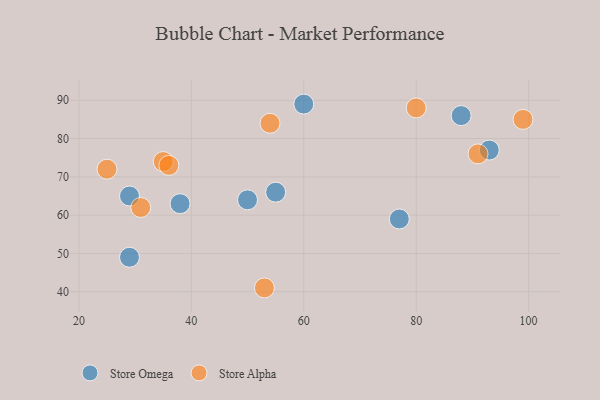
{"axis": {"x": "GDP", "y": "Life Expectancy"}, "legend": ["Store Alpha", "Store Omega"], "data": [{"x": "50", "y": 64, "type": "Store Omega"}, {"x": "77", "y": 59, "type": "Store Omega"}, {"x": "60", "y": 89, "type": "Store Omega"}, {"x": "29", "y": 49, "type": "Store Omega"}, {"x": "88", "y": 86, "type": "Store Omega"}, {"x": "29", "y": 65, "type": "Store Omega"}, {"x": "38", "y": 63, "type": "Store Omega"}, {"x": "55", "y": 66, "type": "Store Omega"}, {"x": "93", "y": 77, "type": "Store Omega"}, {"x": "31", "y": 62, "type": "Store Alpha"}, {"x": "91", "y": 76, "type": "Store Alpha"}, {"x": "53", "y": 41, "type": "Store Alpha"}, {"x": "80", "y": 88, "type": "Store Alpha"}, {"x": "54", "y": 84, "type": "Store Alpha"}, {"x": "25", "y": 72, "type": "Store Alpha"}, {"x": "35", "y": 74, "type": "Store Alpha"}, {"x": "36", "y": 73, "type": "Store Alpha"}, {"x": "99", "y": 85, "type": "Store Alpha"}]}